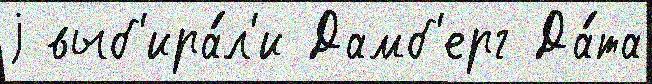
j выб'ира́л'и Дамб'ерг Да́та